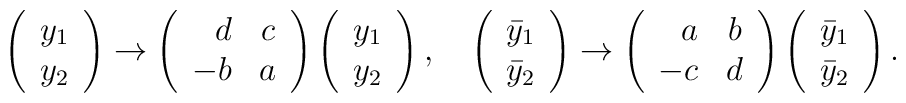
\left(\begin{array}{c}y_1\\y_2\end{array}\right)\to\left(\begin{array}{rc}d&c\\-b&a\end{array}\right)\left(\begin{array}{c}y_1\\y_2\end{array}\right),\quad\left(\begin{array}{c}\bar{y}_1\\\bar{y}_2\end{array}\right)\to\left(\begin{array}{rc}a&b\\-c&d\end{array}\right)\left(\begin{array}{c}\bar{y}_1\\\bar{y}_2\end{array}\right).